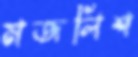
মজলিশ